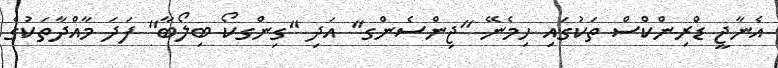
އެނާޖީ ޑްރިންކްސް ތަކުގައި ހިމެނޭ ''ޖިންސެންގ'' އަދި ''ގިންގކޯ ބިލޯބާ'' ފަދަ މާއްދާތަކުގެ